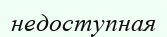
недоступная